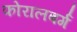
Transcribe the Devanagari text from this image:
फोरालबर्ग